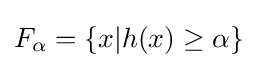
F_{\alpha }=\left\{x|h(x)\geq \alpha \right\}